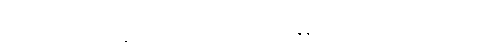
ကလေးတွေ ကျုပ် ပေါင်ပေါ်မှာ ထိုင်ကြတယ်။